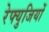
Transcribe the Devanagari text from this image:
रेफ्युजियों